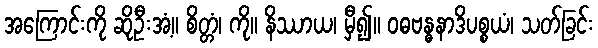
အကြောင်းကို ဆိုဦးအံ့။ စိတ္တံ၊ ကို။ နိဿာယ၊ မှီ၍။ ဝဓဗန္ဓနာဒိပစ္စယံ၊ သတ်ခြင်း